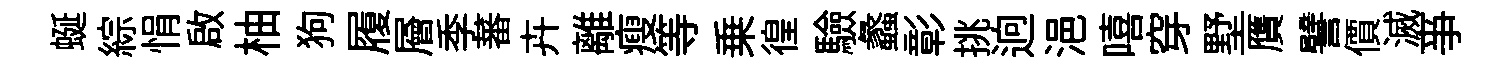
蜒綜悁啟柚狗履層季蕃卉離瘦等乗徨驗蠡彰挑逈浥嘻穿墅贋譬價滅亊